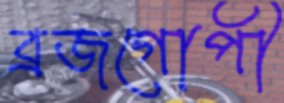
ব্রজগোপী